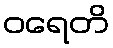
ဝရေတိ